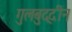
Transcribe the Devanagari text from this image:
गुलबुद्दीन